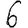
Digit: 6